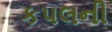
કપલની